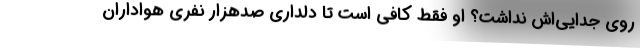
روی جدایی‌اش نداشت؟ او فقط کافی است تا دلداری صدهزار نفری هواداران